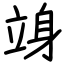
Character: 竧